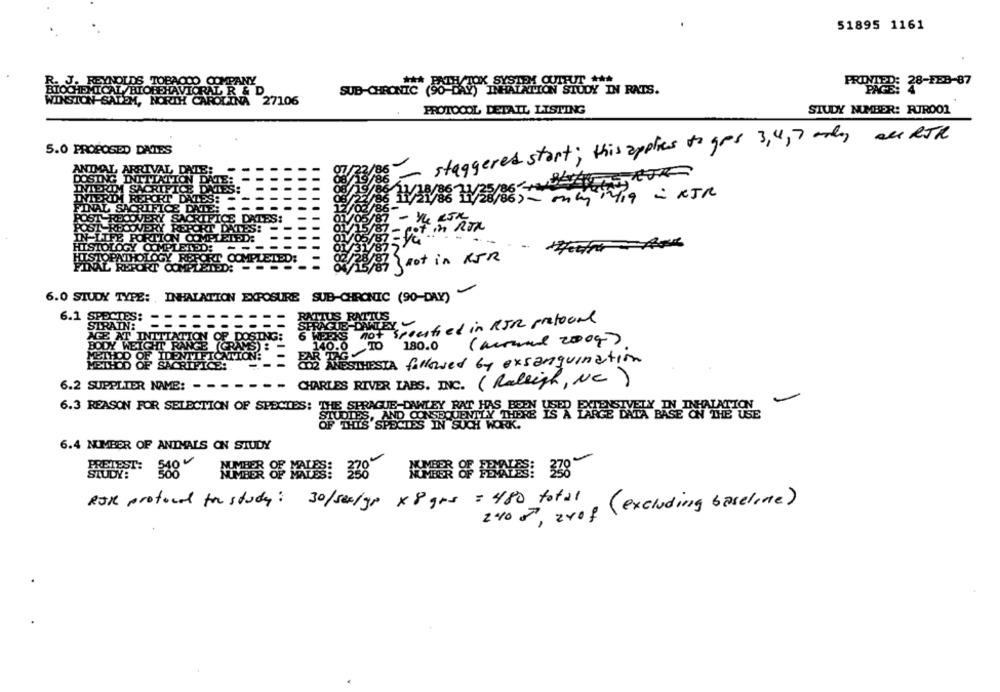
51895 1161
S TOBACCO COMPANY
TOBEHAVIORAL R & D
PROMO 28-FEB-87
SUB-CHRONIC
IC SO DAV) INHALATION STUDY IN RATS.
1, NORTH CAROLINA 27106
PROTOCOL DETAIL LISTING
STUDY NUMBER: RURO01
- staggered start; this applies to gres 3,4, 7 oddy all RTR
5.0 PROPOSED DATES
not in KER
6.0 STUDY TYPE: , INHALATION EXPOSURE SUB-CHRONIC (90-DAY)
6.1 SP
RATTUS RATTUS
6 WEEKS not specified in RJR pratooal
PRAGUE DALEY
ING:
140.0
TO
180.0
( arnaud 2004)
FARING
METHOD OF SACRIFICE :.
---
LESTHESTA followed by exsanguination
6.2 SUPPLIER NAME: -
RIVER LABS. INC. (Raleigh, NC)
6.3 REASON FOR SELECTION OF SPECIES: THE SPRAGUE-DAWLEY RAT HAS BEEN USED EXTENSIVELY IN INHALATION
HENSIVELY IN INHALATION
STUDIES, AND CONSEQUENTLY THERE IS
OF THIS SPECIES IN SUCH WORK.
6.4 NUMBER OF ANIMALS ON STUDY
ROK protocol for study: 30/sex/90 x 8 grs = 480 total
2 0 , 240f ( excluding baseline )